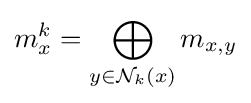
m_{x}^{k}=\bigoplus _{y\in {\mathcal {N}}_{k}(x)}m_{x,y}